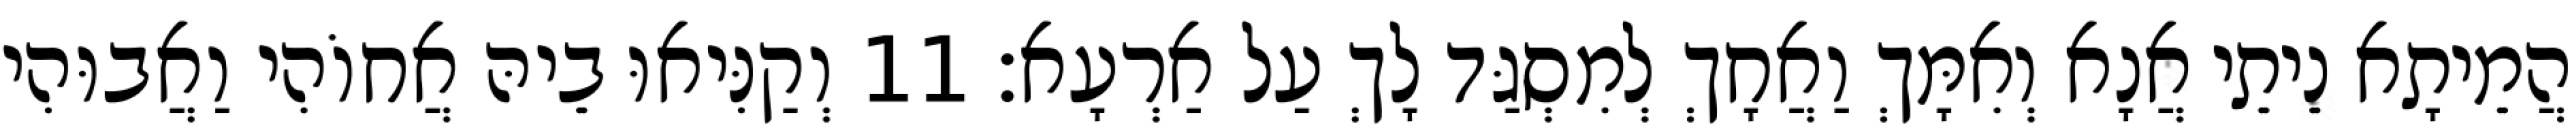
הֲמֵיתָא נֵיתֵי אֲנָא וְאִמָּךְ וַאֲחָךְ לְמִסְגַּד לָךְ עַל אַרְעָא׃ 11 וְקַנִּיאוּ בֵיהּ אֲחוֹהִי וַאֲבוּהִי